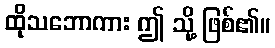
ထိုသဘောကား ဤ သို့ ဖြစ်၏။